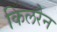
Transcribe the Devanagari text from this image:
किलरैन